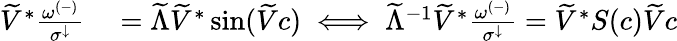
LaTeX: \begin{array}{rl}{\widetilde{V}^{*}\frac{\omega^{(-)}}{\sigma^{\downarrow}}}&{{}=\widetilde{\Lambda}\widetilde{V}^{*}\sin(\widetilde{V}c)\iff\widetilde{\Lambda}^{-1}\widetilde{V}^{*}\frac{\omega^{(-)}}{\sigma^{\downarrow}}=\widetilde{V}^{*}S(c)\widetilde{V}c}\end{array}